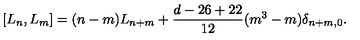
[ L _ { n } , L _ { m } ] = ( n - m ) L _ { n + m } + \frac { d - 2 6 + 2 2 } { 1 2 } ( m ^ { 3 } - m ) \delta _ { n + m , 0 } .